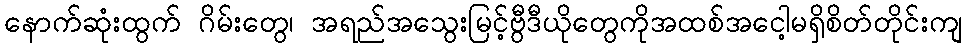
နောက်ဆုံးထွက် ဂိမ်းတွေ၊ အရည်အသွေးမြင့်ဗွီဒီယိုတွေကိုအထစ်အငေါ့မရှိစိတ်တိုင်းကျ